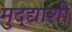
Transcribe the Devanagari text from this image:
मुद्द्याशी